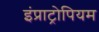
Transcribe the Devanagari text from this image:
इंप्राट्रोपियम